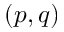
\left( p , q \right)